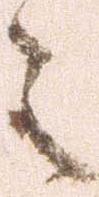
々